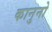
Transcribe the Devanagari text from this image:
कानुनो